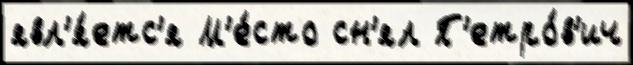
явл'я́етс'я М'е́сто сн'ял П'етро́в'ич